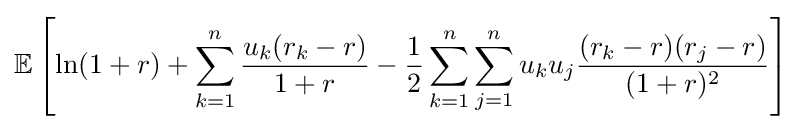
\mathbb {E} \left[\ln(1+r)+\sum \limits _{k=1}^{n}{\frac {u_{k}(r_{k}-r)}{1+r}}-{\frac {1}{2}}\sum \limits _{k=1}^{n}\sum \limits _{j=1}^{n}u_{k}u_{j}{\frac {(r_{k}-r)(r_{j}-r)}{(1+r)^{2}}}\right]